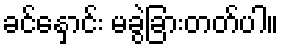
ခင်နှောင်း မခွဲခြားတတ်ပါ။